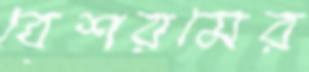
বেশরমের